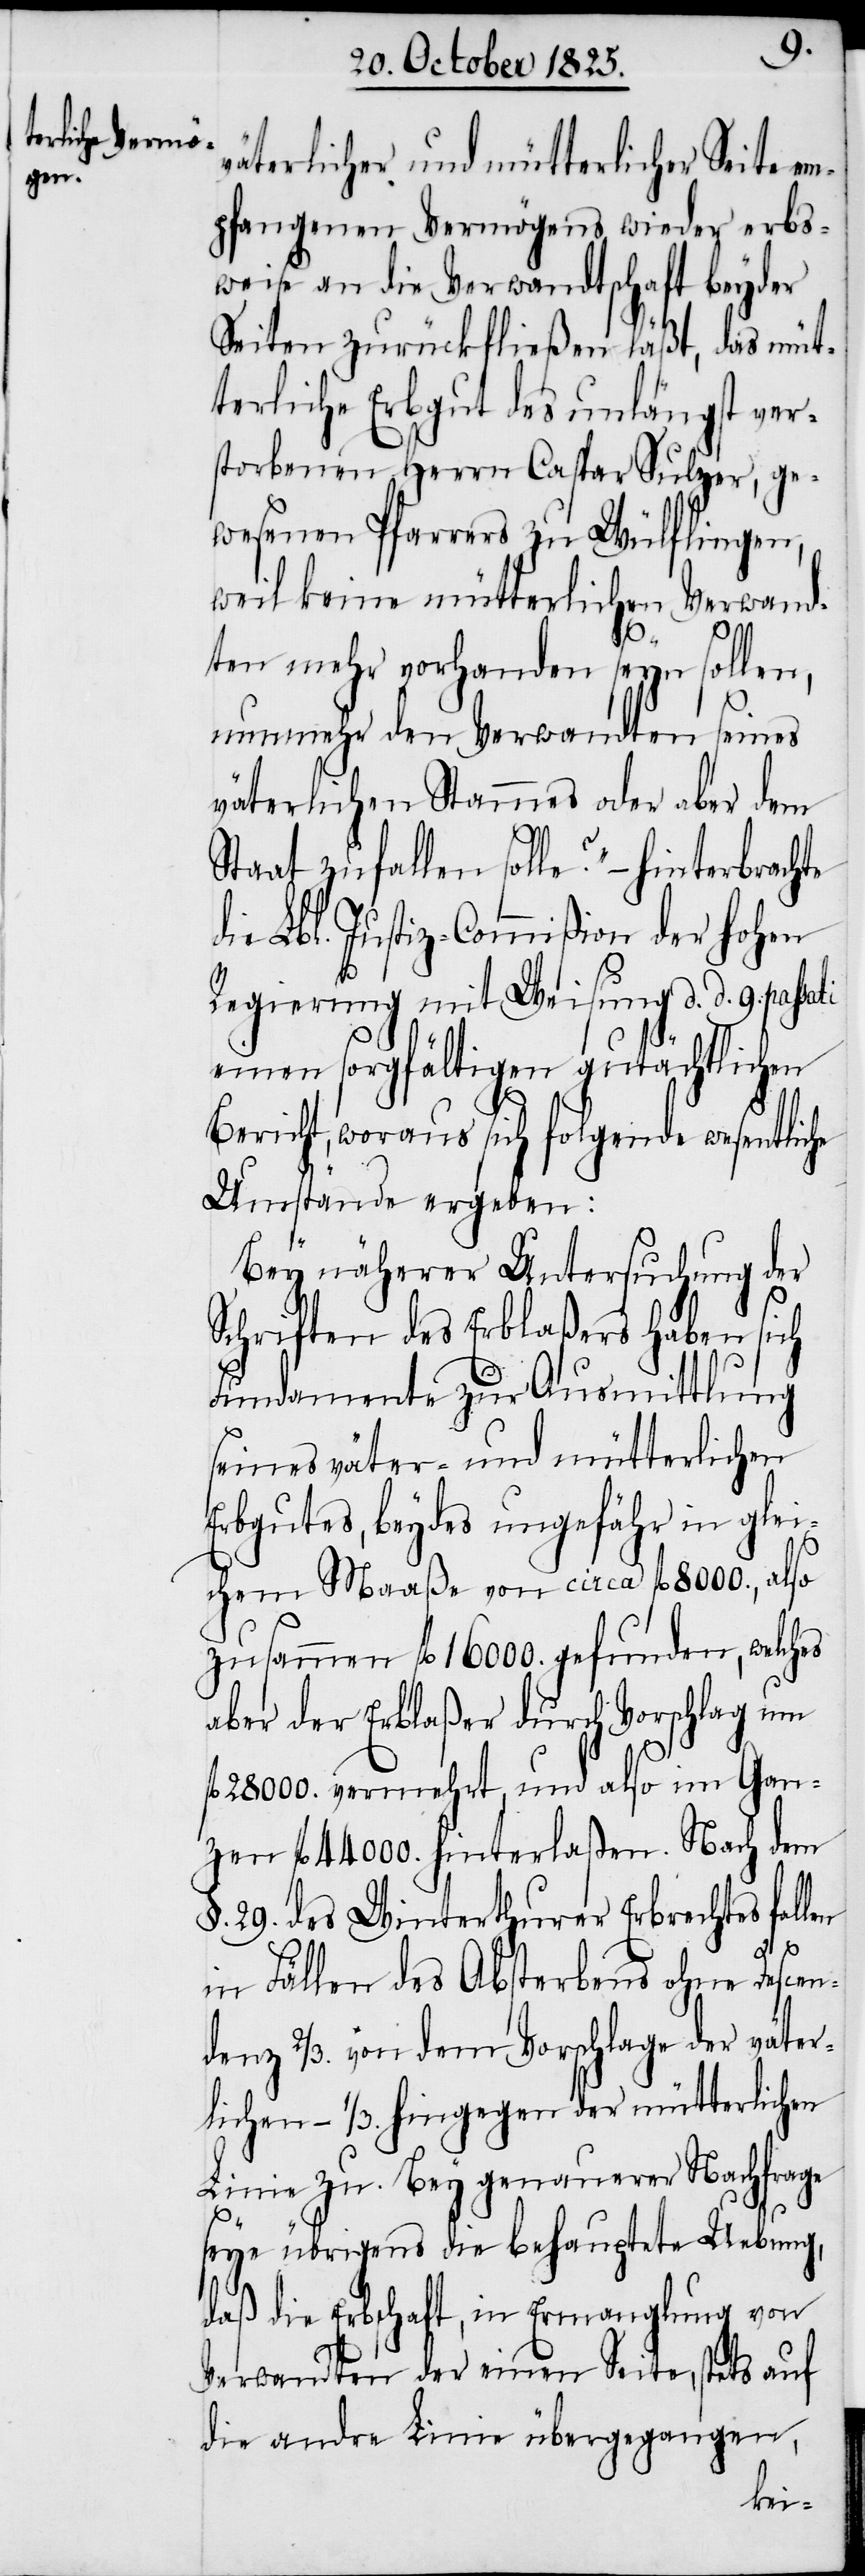
väterlicher und mütterlicher Seite em¬
pfangenen Vermögens wieder erbs¬
weise an die Verwandtschaft beyder
Seiten zurückfließen läßt, das müt¬
terliche Erbgut des unlängst ver¬
storbenen Herrn Caspar Sulzer, ge¬
wesenen Pfarrers zu Wülflingen,
weil keine mütterlichen Verwand¬
ten mehr vorhanden seyn sollen,
nunmehr den Verwandten seines
väterlichen Stammes oder aber dem
Staat zufallen solle?“ – hinterbrachte
die Lbl. Justiz-Commißion der hohen
Regierung mit Weisung d. d. 9. passa¬
einen sorgfältigen gutächtlichen
Bericht, woraus sich folgende wesentliche
Umstände ergeben:
Bey näherer Untersuchung der
Schriften des Erblaßers haben sich
Fundamente zur Ausmittlung
seines väter- und mütterlichen
Erbgutes, beydes ungefähr in glei¬
chem Maaße von circa fl. 8000., also
zusammen fl. 16 000. gefunden, welches
aber der Erblaßer durch Vorschlag um
ti
fl. 28 000. vermehrt, und also im Gan¬
zen fl. 44 000. hinterlaßen. Nach dem
§. 29. des Winterthurer Erbrechtes fallen
in Fällen des Absterbens ohne Descen¬
denz 2/3. von dem Vorschlage der väter¬
lichen – 1/3. hingegen der mütterlichen
Linie zu. Bey genauerer Nachfrage
seye übrigens die behauptete Uebung,
daß die Erbschaft, in Ermanglung von
Verwandten der einen Seite, stets auf
die andre Linie übergegangen,